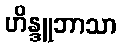
ဟိန္ဒူဘာသာ